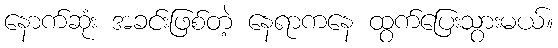
နောက်ဆုံး အခင်းဖြစ်တဲ့ နေရာကနေ ထွက်ပြေးသွားမယ်။